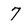
Character: 7